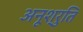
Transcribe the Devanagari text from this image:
अनूश्रुति